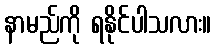
နာမည်ကို ရနိုင်ပါသလား။